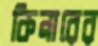
কিনারের